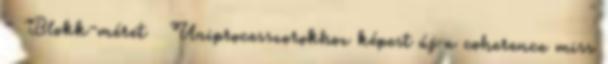
– Blokk-méret ● Uniprocesszorokhoz képest új a coherence miss